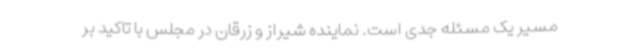
مسیر یک مسئله جدی است. نماینده شیراز و زرقان در مجلس با تاکید بر